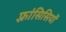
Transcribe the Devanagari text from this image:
फ़्रांसिसियों